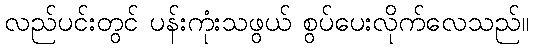
လည်ပင်းတွင် ပန်းကုံးသဖွယ် စွပ်ပေးလိုက်လေသည်။